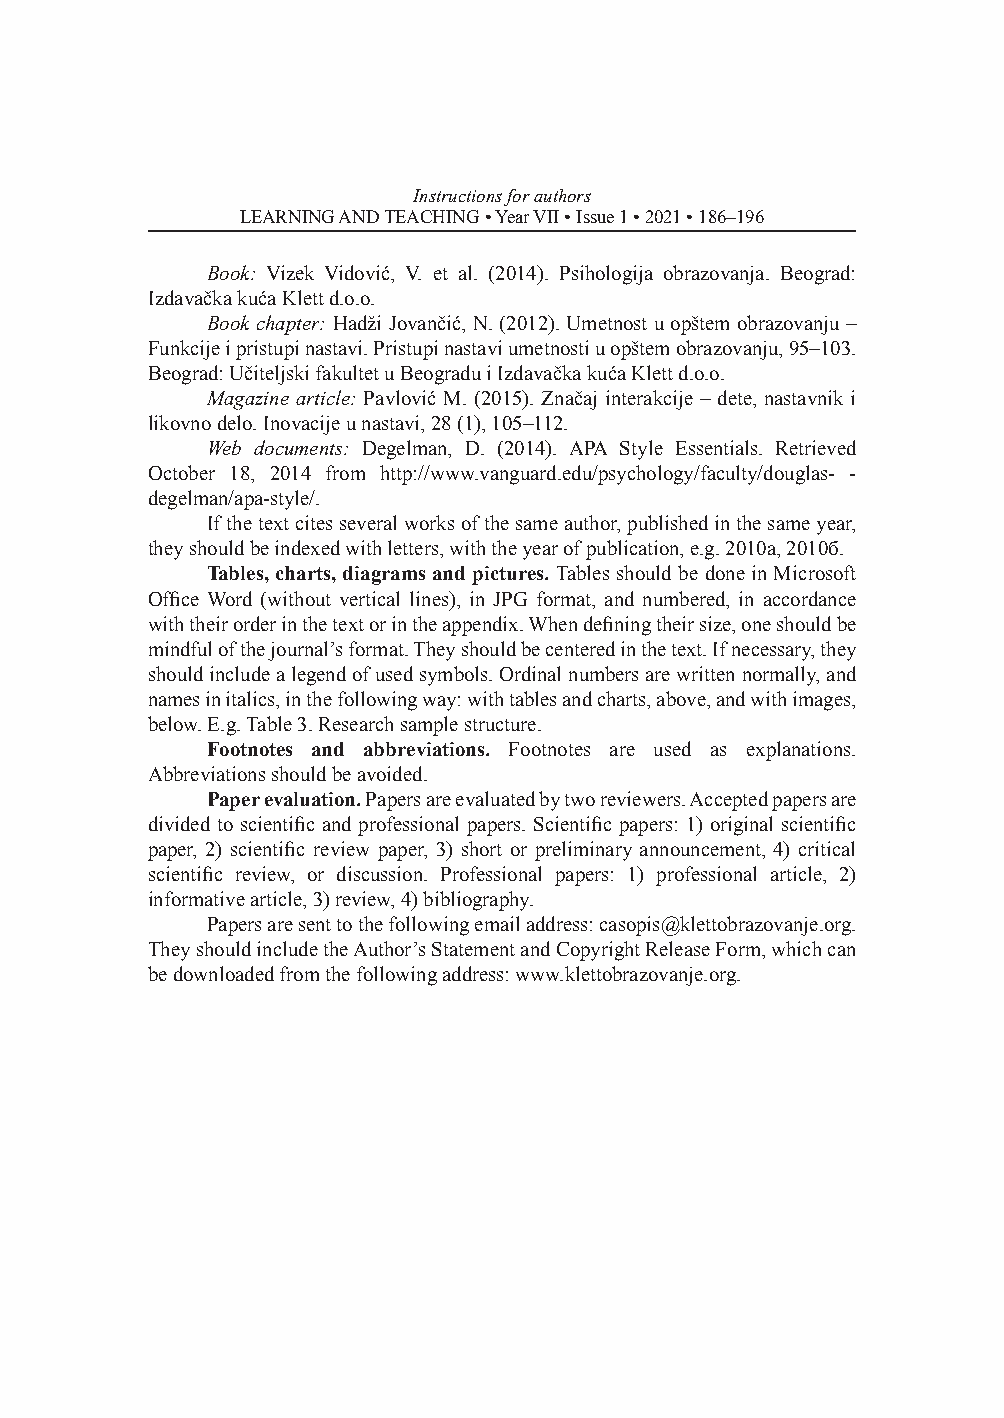
Instructions for authors
 LEARNING AND TEACHING • Year VII • Issue 1 • 2021 • 186–196
 Book: Vizek Vidović, V. et al. (2014). Psihologija obrazovanja. Beograd:
 Izdavačka kuća Klett d.o.o.
 Book chapter: Hadži Jovančić, N. (2012). Umetnost u opštem obrazovanju ‒
 Funkcije i pristupi nastavi. Pristupi nastavi umetnosti u opštem obrazovanju, 95‒103.
 Beograd: Učiteljski fakultet u Beogradu i Izdavačka kuća Klett d.o.o.
 Magazine article: Pavlović M. (2015). Značaj interakcije ‒ dete, nastavnik i
 likovno delo. Inovacije u nastavi, 28 (1), 105‒112.
 Web documents: Degelman, D. (2014). АPA Style Essentials. Retrieved
 October 18, 2014 from http://www.vanguard.edu/psychology/faculty/douglas- -
 degelman/apa-style/.
 If the text cites several works of the same author, published in the same year,
 they should be indexed with letters, with the year of publication, e.g. 2010а, 2010б.
 Tables, charts, diagrams and pictures. Tables should be done in Microsoft
 Office Word (without vertical lines), in JPG format, and numbered, in accordance
 with their order in the text or in the appendix. When defining their size, one should be
 mindful of the journal’s format. They should be centered in the text. If necessary, they
 should include a legend of used symbols. Ordinal numbers are written normally, and
 names in italics, in the following way: with tables and charts, above, and with images,
 below. E.g. Table 3. Research sample structure.
 Footnotes and abbreviations. Footnotes are used as explanations.
 Abbreviations should be avoided.
 Paper evaluation. Papers are evaluated by two reviewers. Accepted papers are
 divided to scientific and professional papers. Scientific papers: 1) original scientific
 paper, 2) scientific review paper, 3) short or preliminary announcement, 4) critical
 scientific review, or discussion. Professional papers: 1) professional article, 2)
 informative article, 3) review, 4) bibliography.
 Papers are sent to the following email address: casopis@klettobrazovanje.org.
 They should include the Author’s Statement and Copyright Release Form, which can
 be downloaded from the following address: www.klettobrazovanje.org.